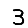
Digit: 3